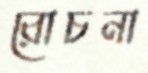
রোচনা